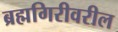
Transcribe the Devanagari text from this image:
ब्रह्मगिरीवरील